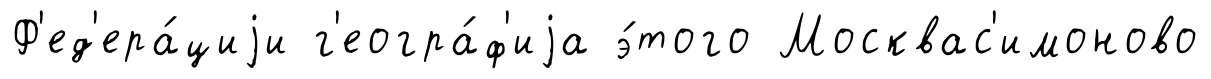
Ф'ед'ера́циjи г'еогра́ф'иjа э́того Москвас'имоново